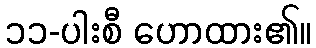
၁၁-ပါးစီ ဟောထား၏။